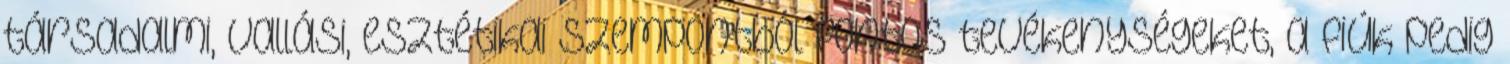
társadalmi, vallási, esztétikai szempontból fontos tevékenységeket, a fiúk pedig